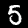
Label: 5